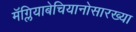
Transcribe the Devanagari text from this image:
मॅग्लियाबेचियानोसारख्या